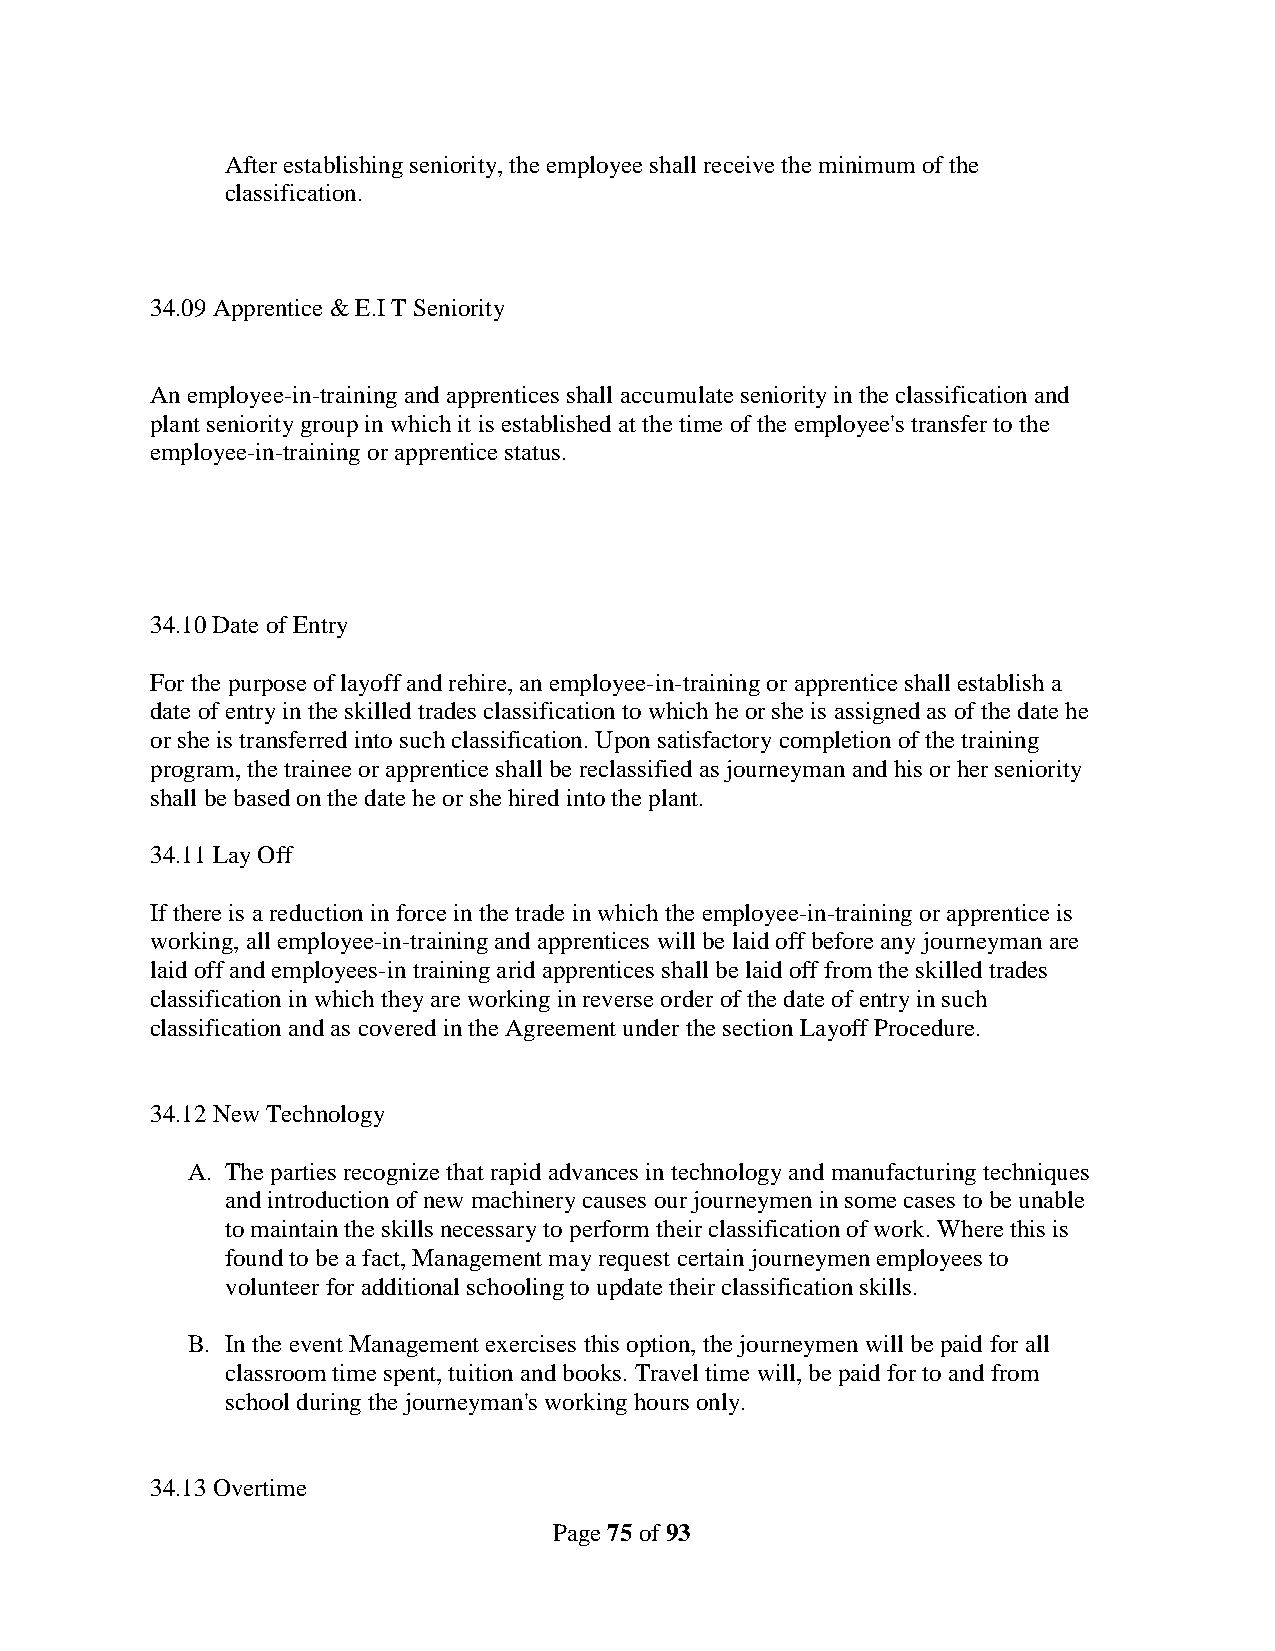
After establishing seniority, the employee shall receive the minimum of the
 classification.
 34.09 Apprentice & E.I T Seniority
 An employee-in-training and apprentices shall accumulate seniority in the classification and
 plant seniority group in which it is established at the time of the employee's transfer to the
 employee-in-training or apprentice status.
 34.10 Date of Entry
 For the purpose of layoff and rehire, an employee-in-training or apprentice shall establish a
 date of entry in the skilled trades classification to which he or she is assigned as of the date he
 or she is transferred into such classification. Upon satisfactory completion of the training
 program, the trainee or apprentice shall be reclassified as journeyman and his or her seniority
 shall be based on the date he or she hired into the plant.
 34.11 Lay Off
 If there is a reduction in force in the trade in which the employee-in-training or apprentice is
 working, all employee-in-training and apprentices will be laid off before any journeyman are
 laid off and employees-in training arid apprentices shall be laid off from the skilled trades
 classification in which they are working in reverse order of the date of entry in such
 classification and as covered in the Agreement under the section Layoff Procedure.
 34.12 New Technology
 A. The parties recognize that rapid advances in technology and manufacturing techniques
 and introduction of new machinery causes our journeymen in some cases to be unable
 to maintain the skills necessary to perform their classification of work. Where this is
 found to be a fact, Management may request certain journeymen employees to
 volunteer for additional schooling to update their classification skills.
 B. In the event Management exercises this option, the journeymen will be paid for all
 classroom time spent, tuition and books. Travel time will, be paid for to and from
 school during the journeyman's working hours only.
 34.13 Overtime
 Page 75 of 93